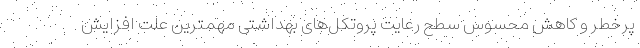
پرخطر و کاهش محسوس سطح رعایت پروتکل‌های بهداشتی مهمترین علت افزایش